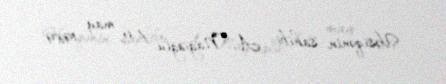
Vəsiqənin sahibi: A. Nağıoğlu / 6 may 1989